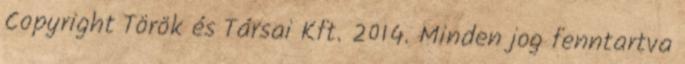
Copyright Török és Társai Kft. 2014. Minden jog fenntartva